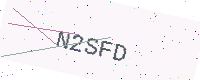
Text: N2SFD